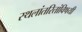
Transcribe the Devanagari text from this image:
स्थलांतरितांविषयी